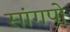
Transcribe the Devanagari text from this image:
सांगपो